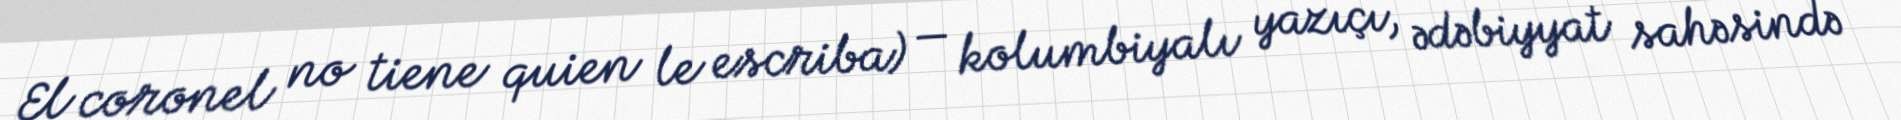
El coronel no tiene quien le escriba) — kolumbiyalı yazıçı, ədəbiyyat sahəsində